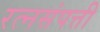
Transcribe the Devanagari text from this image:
रत्नसंपत्ती